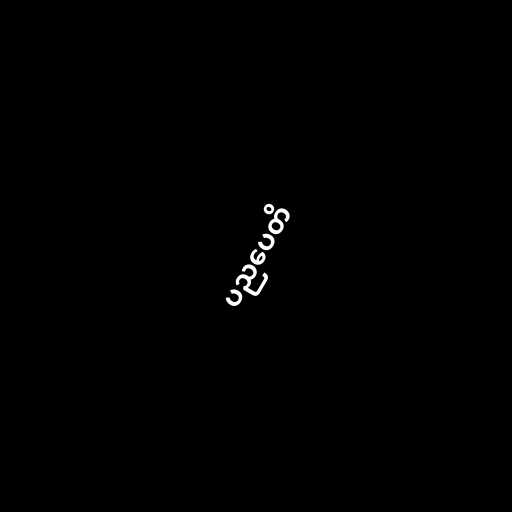
ပညပေတိ